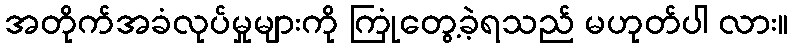
အတိုက်အခံလုပ်မှုများကို ကြုံတွေ့ခဲ့ရသည် မဟုတ်ပါ လား။